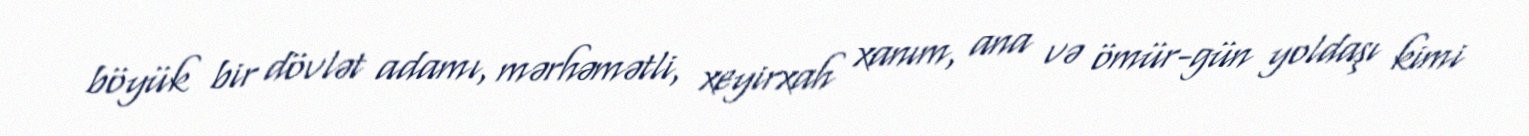
böyük bir dövlət adamı, mərhəmətli, xeyirxah xanım, ana və ömür-gün yoldaşı kimi